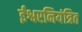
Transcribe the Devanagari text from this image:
ईश्वरनियंत्रित